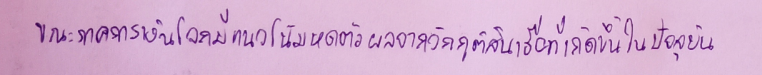
ขณะภาคการเงินโลกมีแนวโน้มหดตัวผลจากวิกฤติสินเชื่อที่เกิดขึ้นในปัจจุบัน